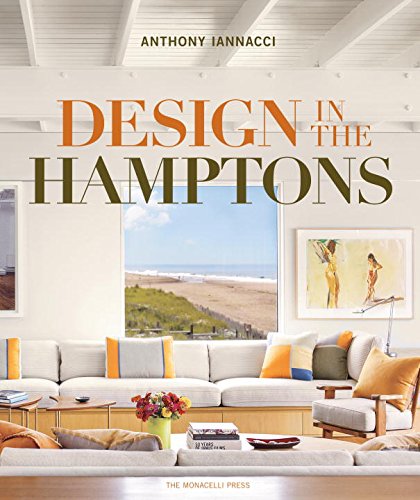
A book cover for Design in the Hamptons; Anthony Iannacci; Arts & Photography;